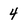
Character: 4